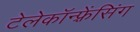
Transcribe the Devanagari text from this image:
टेलेकॉन्फ़्रेंसिंग